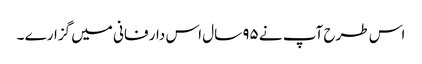
اس طرح آپ نے ۹۵ سال اس دار فانی میں گزارے ۔